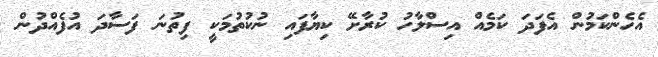
އެހެންކަމުން އެފަދަ ކަމެއް އިސްލާހު ކުރާށޭ ކިޔާފައި ނުކުތުމަކީ ފިތުނަ ފަސާދަ އުފެއްދުން